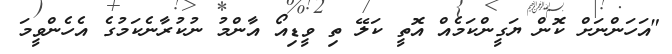
"އަހަންނަށް ކޮން ޔަގީންކަމެއް އޮތީ ކަލޭ ތި ވީޑިއޯ އާންމު ނުކުރާނެކަމުގެ އެހެންވީމަ